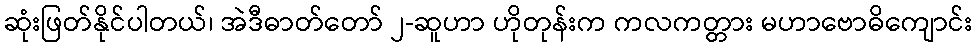
ဆုံးဖြတ်နိုင်ပါတယ်၊ အဲဒီဓာတ်တော် ၂-ဆူဟာ ဟိုတုန်းက ကလကတ္တား မဟာဗောဓိကျောင်း